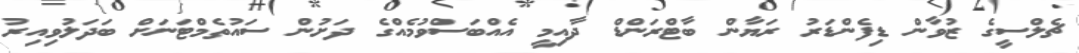
ޗެލްސީގެ ޒުވާން ޑިފެންޑަރު ރަޔާން ބާޓްރަންޑް ދާއިމީ އެއްބަސްވުމެއްގެ ދަށުން ސައުތެމްޓަނަށް ބަދަލުވިއިރު